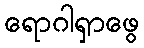
ရောဂါရှာဖွေ